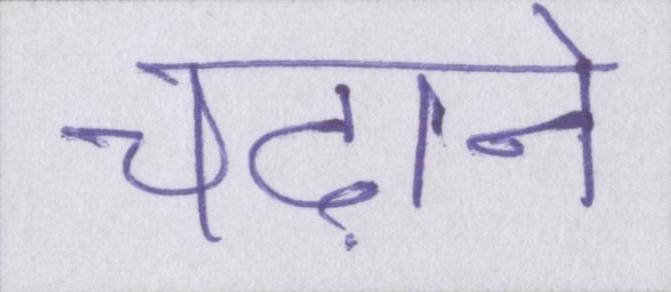
चढ़ाने